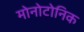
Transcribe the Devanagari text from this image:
मोनोटोनिक